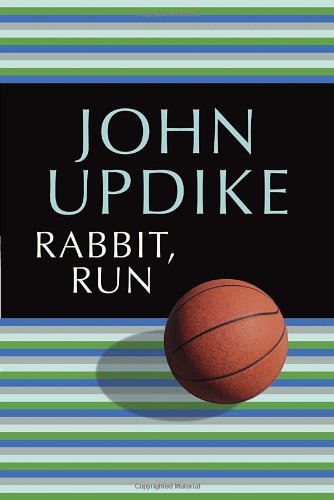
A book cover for Rabbit, Run; John Updike; Mystery, Thriller & Suspense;